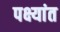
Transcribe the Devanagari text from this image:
पक्ष्यांत